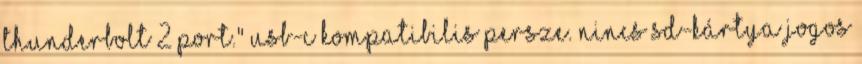
Thunderbolt 2 port." USB-C kompatibilis persze. Nincs SD-kártya Jogos